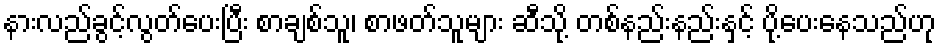
နားလည်ခွင့်လွတ်ပေးပြီး စာချစ်သူ၊ စာဖတ်သူများ ဆီသို့ တစ်နည်းနည်းနှင့် ပို့ပေးနေသည်ဟု